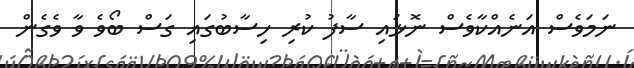
ނަމަވެސް އަނެއްކާވެސް ނޮޅައި ސާފު ކުރި ހިސާބުގައި ގަސް ބޯވެ ވާ ވެގެން